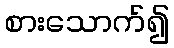
စားသောက်၍